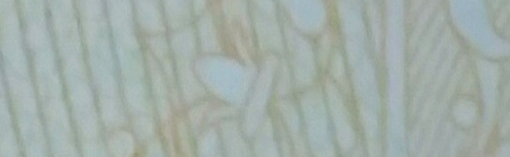
تخفيضات اليوم